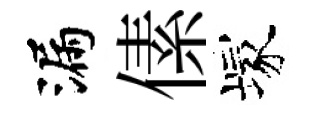
漏傃塚